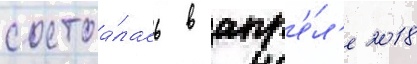
состоа́лась в апр'е́л'е 2018